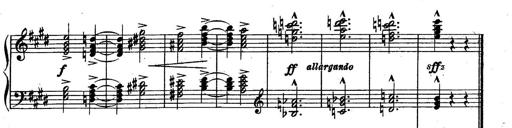
Title: Sonatine
Composer: Adrian Shaposhnikov
Key: E minor